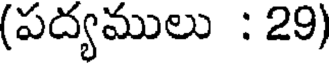
(పద్యములు : 29)